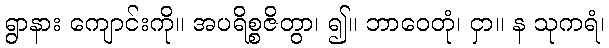
ရွာနား ကျောင်းကို။ အပရိစ္စဇိတွာ၊ ၍။ ဘာဝေတုံ၊ ငှာ။ န သုကရံ၊